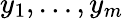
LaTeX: y_{1},\ldots,y_{m}